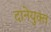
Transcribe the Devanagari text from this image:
दानेयुक्त